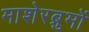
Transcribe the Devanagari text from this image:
माशेरब्रुमों